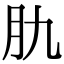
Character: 肍